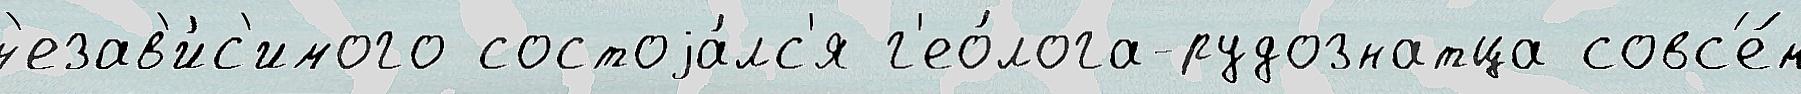
н'езав'и́с'имого состоjа́лс'я г'ео́лога-рудознатца совс'е́м